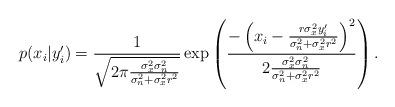
LaTeX: \begin{align*}p(x_i | y_i') &= \frac{1}{\sqrt{2\pi\frac{\sigma_x^2\sigma_n^2}{\sigma_n^2+\sigma_x^2r^2}}} \exp\left({\frac{-\left (x_i-\frac{r\sigma_x^2 y_i'}{\sigma_n^2+\sigma_x^2 r^2}\right)^2}{2\frac{\sigma_x^2\sigma_n^2}{\sigma_n^2+\sigma_x^2r^2}}}\right).\end{align*}